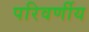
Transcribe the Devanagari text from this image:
परिवर्णीय